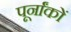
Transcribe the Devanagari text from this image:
पूर्नांकों